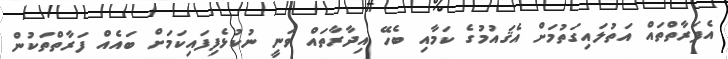
އެފަރާތްތައް އަތުލައިގަތުމަށް އެޤައުމުގެ ކަމާއި ބެހޭ އިދާރާތައް ވަނީ ނުކުޅެފިފައިކަމަށް ބައެއް ފަރާތްތަކުން